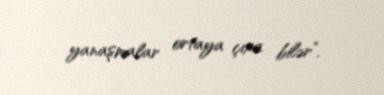
yanaşmalar ortaya çıxa bilər”.